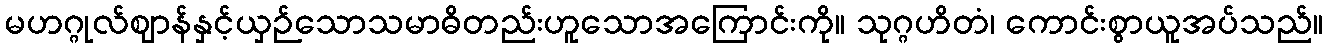
မဟဂ္ဂုလ်ဈာန်နှင့်ယှဉ်သောသမာဓိတည်းဟူသောအကြောင်းကို။ သုဂ္ဂဟိတံ၊ ကောင်းစွာယူအပ်သည်။